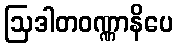
ဩဒါတဝဏ္ဏာနိပေ